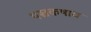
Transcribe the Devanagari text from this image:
पञ्चकषाय